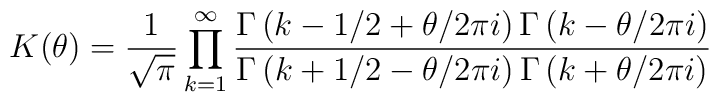
K(\theta )=\frac{1}{\sqrt{\pi }}\prod ^{\infty }_{k=1}\frac{\Gamma \left( k-1/2+\theta /2\pi i\right) \Gamma \left( k-\theta /2\pi i\right) }{\Gamma \left( k+1/2-\theta /2\pi i\right) \Gamma \left( k+\theta /2\pi i\right) }